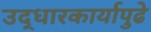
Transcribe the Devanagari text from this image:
उद्धारकार्यापुढे